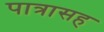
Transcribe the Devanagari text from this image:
पात्रासह